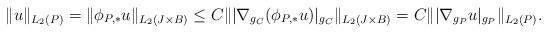
LaTeX: \begin{align*}\|u\|_{L_2(P)}=\|\phi_{P,*} u\|_{L_2(J\times B)}\leq C\| |\nabla_{g_C}(\phi_{P,*} u)|_{g_C}\|_{L_2(J\times B)}=C\| |\nabla_{g_P} u|_{g_P}\|_{L_2(P)}.\end{align*}